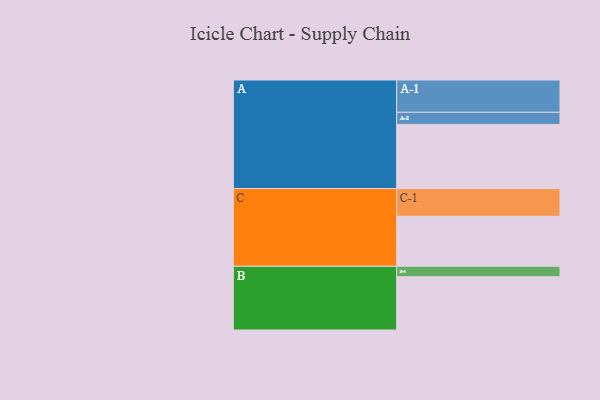
{"axis": {"x": "Segment", "y": "Value"}, "legend": ["", "A", "B", "C"], "data": [{"x": "A", "y": 535, "type": ""}, {"x": "B", "y": 444, "type": ""}, {"x": "C", "y": 416, "type": ""}, {"x": "A-1", "y": 269, "type": "A"}, {"x": "A-2", "y": 101, "type": "A"}, {"x": "B-1", "y": 87, "type": "B"}, {"x": "C-1", "y": 231, "type": "C"}]}